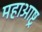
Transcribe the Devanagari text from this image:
महाआष्ट्र